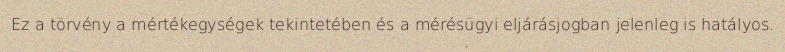
Ez a törvény a mértékegységek tekintetében és a mérésügyi eljárásjogban jelenleg is hatályos.